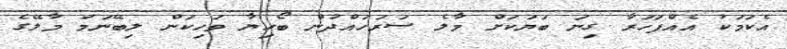
އެކަމަކު އެއްފަހަރާ ގިނަ ބަޔަކަށް މާލެ ސަރަހައްދުން ބޯހިޔާ ވަހިކަން ލިބޭނަމަ މާލޭގެ